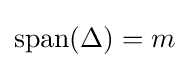
\operatorname {span} (\Delta )=m